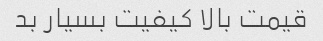
قیمت بالا کیفیت بسیار بد